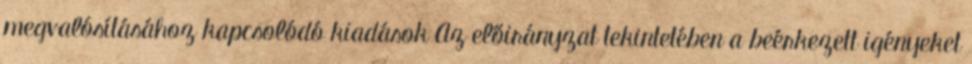
megvalósításához kapcsolódó kiadások Az előirányzat tekintetében a beérkezett igényeket